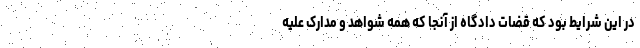
در این شرایط بود که قضات دادگاه از آنجا که همه شواهد و مدارک علیه